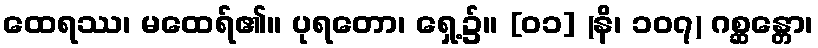
ထေရဿ၊ မထေရ်၏။ ပုရတော၊ ရှေ့၌။ [၀၁] (နိ၊ ၁၀၇) ဂစ္ဆန္တော၊